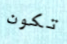
تكون